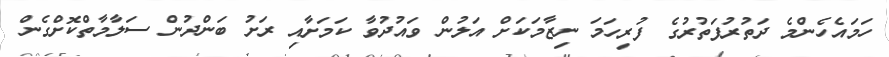
ހަމައެހެންމެ ދަތުރުފަތުރުގެ ފުރިހަމަ ނިޒާމަކަށް އަލުން ވައުދުވާ ކަމަށާއި ރަށު ބަންދުން ސަލާމާތްކޮށްގެން